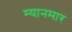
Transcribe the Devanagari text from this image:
म्‍यानमार